Problem: 6 × 8 = ?
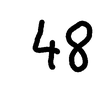
Handwritten answer: 48